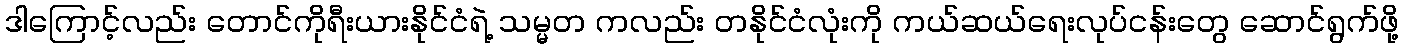
ဒါကြောင့်လည်း တောင်ကိုရီးယားနိုင်ငံရဲ့ သမ္မတ ကလည်း တနိုင်ငံလုံးကို ကယ်ဆယ်ရေးလုပ်ငန်းတွေ ဆောင်ရွက်ဖို့